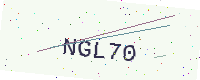
Text: NGL70